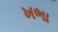
ખભા